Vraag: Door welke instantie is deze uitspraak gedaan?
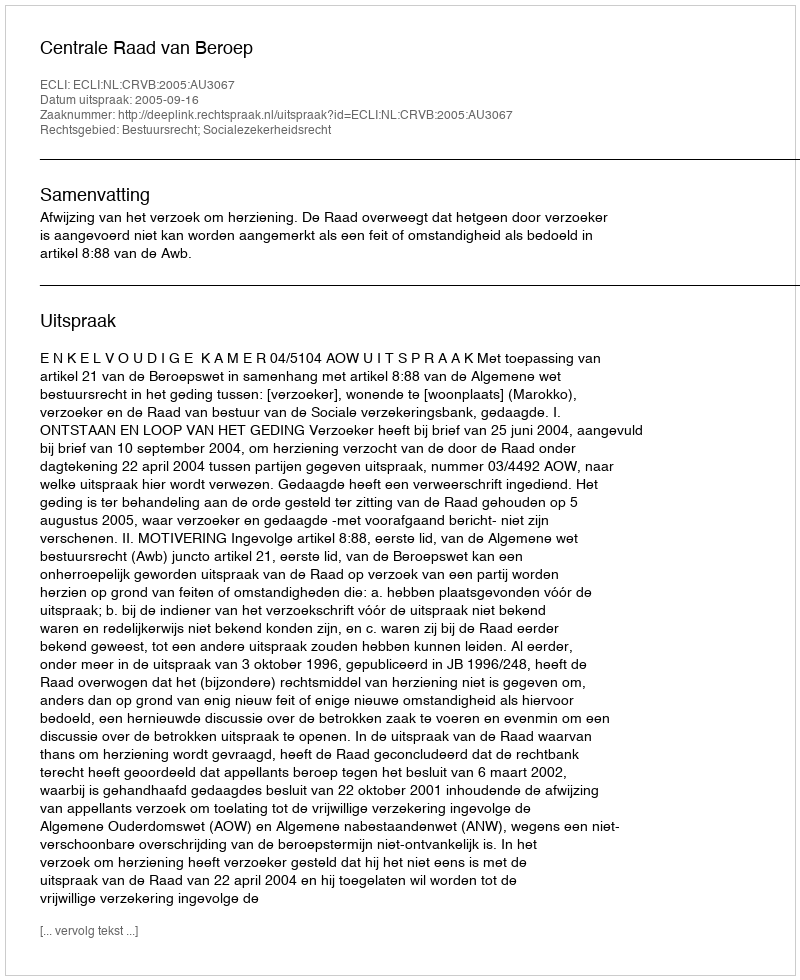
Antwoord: Centrale Raad van Beroep